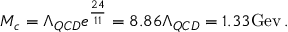
M _ { c } = \Lambda _ { Q C D } e ^ { \frac { 2 4 } { 1 1 } } = 8 . 8 6 \Lambda _ { Q C D } = 1 . 3 3 \mathrm { G e v } \, .